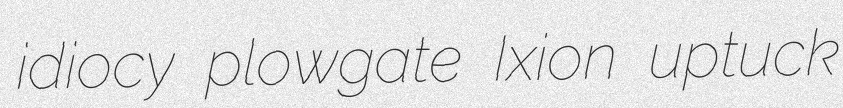
idiocy plowgate Ixion uptuck